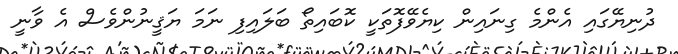
ދުނިޔޭގައި އެންމެ ގިނައިން ކިޔެވޭފޮތަކީ ކޮބައިތޯ ބަލައިފި ނަމަ ޔަޤީނުންވެސް އެ ވާނީ